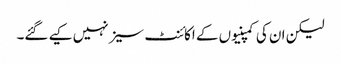
لیکن ان کی کمپنیوں کے اکائنٹ سیز نہیں کیے گئے۔